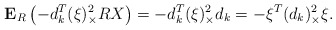
\begin{align*}\textbf{E}_R \left( -d_k^T (\xi)_{\times}^2 RX \right) = -d_k^T (\xi)_{\times}^2 d_k = -\xi^T (d_k)_{\times}^2 \xi.\end{align*}